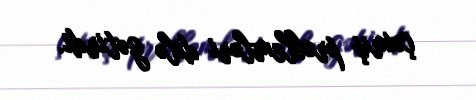
çıxmış problemləri dilə gətirdi.